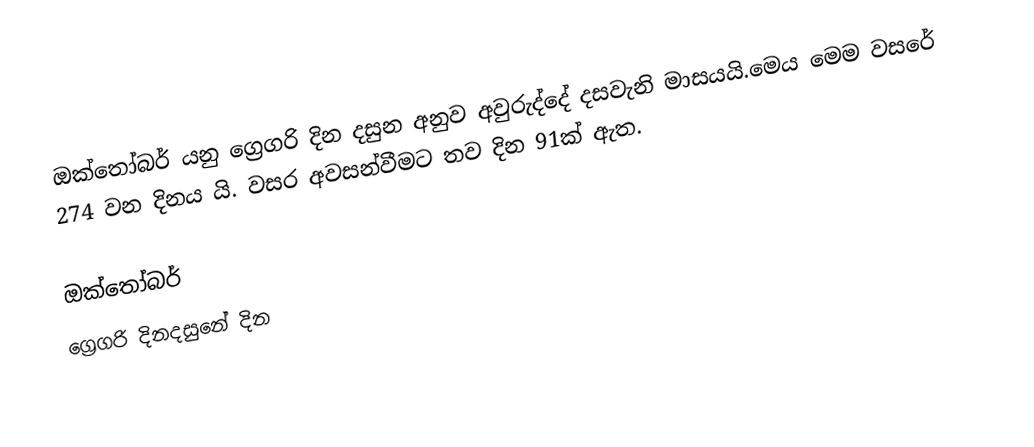
ඔක්තෝබර් යනු ග්‍රෙගරි දින දසුන අනුව අවුරුද්දේ දසවැනි මාසයයි.මෙය මෙම වසරේ 274 වන දිනය යි. වසර අවසන්වීමට තව දින 91ක් ඇත.

ඔක්තෝබර්
ග්‍රෙගරි දිනදසුනේ දින